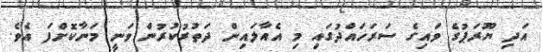
އަދި ޔޫރަޕުގެ ވައިގެ ސަރަހައްދުގައި މި އެއާލައިން ދަތުރުކުރުން ވަނީ މަނާކޮށްފަ އެވެ.